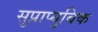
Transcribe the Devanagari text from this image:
सुप्राप्युबिक